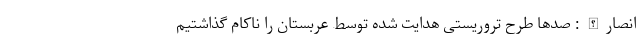
انصارالله: صدها طرح تروریستی هدایت شده توسط عربستان را ناکام گذاشتیم